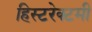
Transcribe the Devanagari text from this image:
हिस्टरेक्टमी